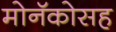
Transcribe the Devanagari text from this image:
मोनॅकोसह